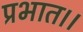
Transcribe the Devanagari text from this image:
प्रभात।।